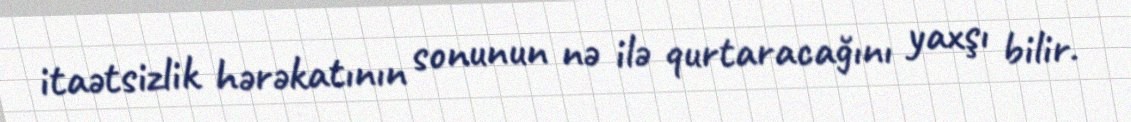
itaətsizlik hərəkatının sonunun nə ilə qurtaracağını yaxşı bilir.